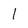
Character: 1